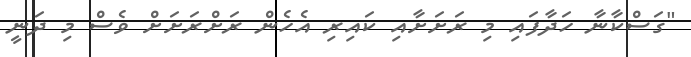
"ގަސްކާނާ ހަދާފައި މި ރަށަށާއި ކައިރި އެހެން ރަށްރަށަށް ވެސް މި ދަނީ